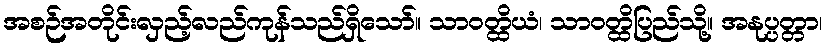
အစဉ်အတိုင်းလှည့်လည်ကုန်သည်ရှိသော်။ သာဝတ္ထိယံ၊ သာဝတ္ထိပြည်သို့။ အနုပ္ပတ္တာ၊